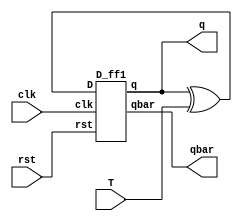
`timescale 1ns / 1ps
//////////////////////////////////////////////////////////////////////////////////
// Company: 
// Engineer: 
// 
// Design Name: 
// Module Name: T_D_ff
// Project Name: 
// Target Devices: 
// Tool Versions: 
// Description: 
// 
// Dependencies: 
// 
// Revision:
// Revision 0.01 - File Created
// Additional Comments:
// 
//////////////////////////////////////////////////////////////////////////////////


module T_D_ff(T,clk,rst,q,qbar);
input T,clk,rst;
output q,qbar;
wire w1;
xor a1(w1,q,T);
D_ff1 a2(w1,clk,rst,q,qbar);
endmodule


module D_ff1(D,clk,rst,q,qbar);
input clk,rst,D;
output reg q,qbar;
always@(posedge clk)
begin
if(rst)
{q,qbar}={1'b0,1'b0};
else
    {q,qbar}={D,~D};
    end
endmodule